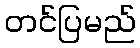
တင်ပြမည်